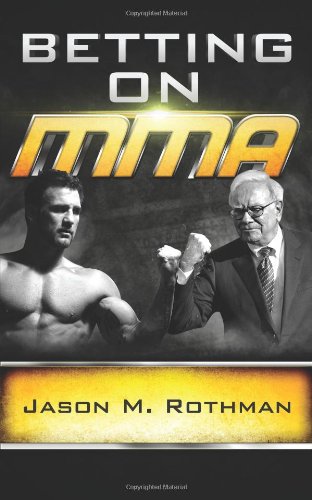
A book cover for Betting on MMA; Jason M. Rothman; Sports & Outdoors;